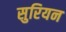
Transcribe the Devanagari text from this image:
सुरियन